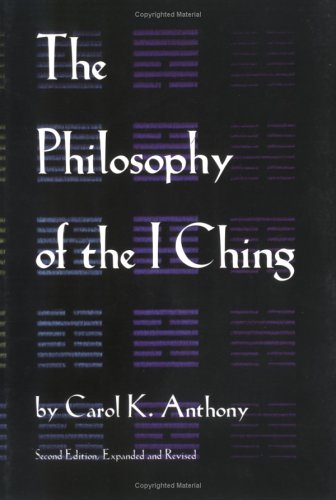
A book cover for The Philosophy of the I Ching; Carol K. Anthony; Religion & Spirituality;